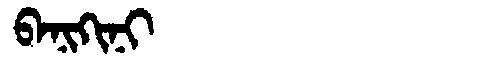
Manchu: ᠪᠠᠨᡳᡴᡳᠨᡳ
Romanization: BANIKINI